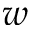
w